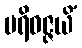
ပရိဝဇ္ဇယိံ